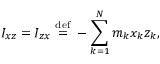
I _ { x z } = I _ { z x } \ { \stackrel { \mathrm { d e f } } { = } } \ - \sum _ { k = 1 } ^ { N } m _ { k } x _ { k } z _ { k } , \,